Indian journal of veterinary science and animal husbandry - Volumes 24-25, 1954-1955
Year: 1954
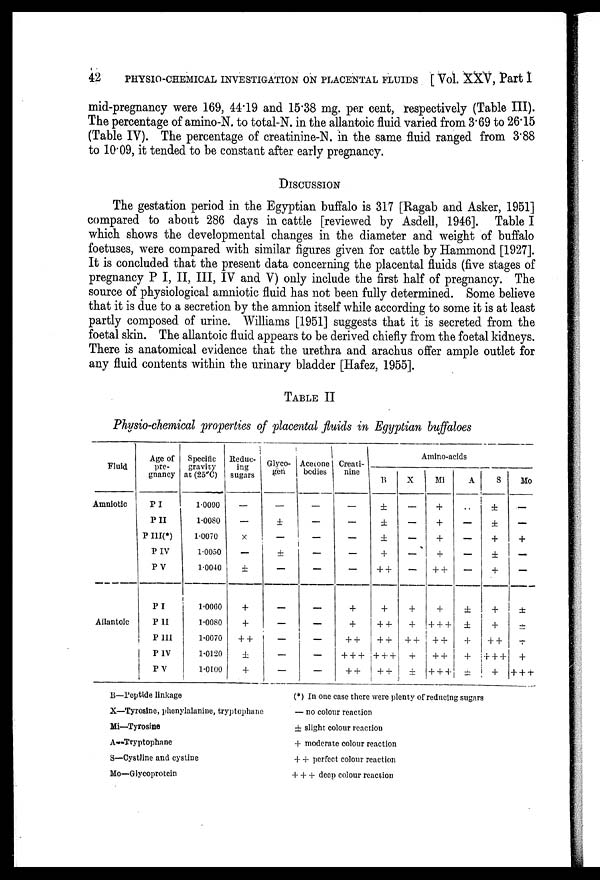
42
PHYSIO-CHEMICAL INVESTIGATION ON PLACENTAL FLUIDS [Vol. XXV, Part I
mid-pregnancy were 169, 44.19 and 15.38 mg. per cent, respectively (Table III).
The percentage of amino-N. to total-N. in the allantoic fluid varied from 3.69 to 26.15
(Table IV). The percentage of creatinine-N. in the same fluid ranged from 3.88
to 10.09, it tended to be constant after early pregnancy.
DISCUSSION
The gestation period in the Egyptian buffalo is 317 [Ragab and Asker, 1951]
compared to about 286 days in cattle [reviewed by Asdell, 1946]. Table I
which shows the developmental changes in the diameter and weight of buffalo
foetuses, were compared with similar figures given for cattle by Hammond [1927].
It is concluded that the present data concerning the placental fluids (five stages of
pregnancy P I, II, III, IV and V) only include the first half of pregnancy. The
source of physiological amniotic fluid has not been fully determined. Some believe
that it is due to a secretion by the amnion itself while according to some it is at least
partly composed of urine. Williams [1951] suggests that it is secreted from the
foetal skin. The allantoic fluid appears to be derived chiefly from the foetal kidneys.
There is anatomical evidence that the urethra and arachus offer ample outlet for
any fluid contents within the urinary bladder [Hafez, 1955].
TABLE II
Physio-chemical properties of placental fluids in Egyptian buffaloes
Fluid
Amniotic
Allantoic
Age of
pre-
gnancy
PI
P II
P III(*)
P IV
P V
PI
P II
P III
P IV
P V
Specific
gravity
at (25"C)
1.0090
1.0080
1.0070
1.0050
1.0040
1.0060
1.0080
1.0070
1.0120
1.0100
Reduc-
ing
sugars
—
—
×
—
±
+
+
++
±
+
Glyco-
gen
—
±
—
±
—
—
—
—
—
—
Acetone
bodies
—
—
—
—
—
—
—
—
—
—
Creati-
nine
—
—
—
—
—
+
+
++
+++
++
Amino-acids
B
±
±
±
+
++
+
++
++
+++
++
X
—
—
—
—
—
+
+
++
+
±
Mi
+
+
+
+
++
+
+++
++
++
+++
A
..
—
—
—
—
±
±
+
+
±
S
±
±
+
±
+
+
+
++
+++
+
Mo
—
—
+
—
—
±
±
+
+
+++
B—Peptide linkage
X—Tyrosine, phenylalanine, tryptophane
Mi—Tyrosine
A-Tryptophane
S—Cystline and cystine
Mo—Glyeoprotein
(*) In one case there were plenty of reducing sugars
— no colour reaction
± slight colour reaction
+ moderate colour reaction
++ perfect colour reaction
+++ deep colour reaction